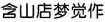
含山店梦觉作